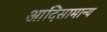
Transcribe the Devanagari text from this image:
आदिसामान्य